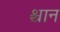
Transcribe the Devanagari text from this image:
श्चान